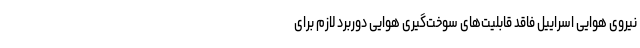
نیروی هوایی اسراییل فاقد قابلیت‌های سوخت‌گیری هوایی دوربرد لازم برای